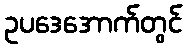
ဥပဒေအောက်တွင်